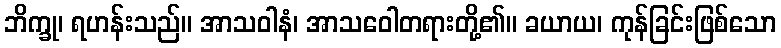
ဘိက္ခု၊ ရဟန်းသည်။ အာသဝါနံ၊ အာသဝေါတရားတို့၏။ ခယာယ၊ ကုန်ခြင်းဖြစ်သော